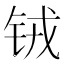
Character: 𮸄